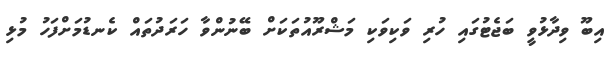
އިބޫ ވިދާޅުވީ ބަޖެޓުގައި ހުރި ވަކިވަކި މަޝްރޫއުތަކަށް ބޭނުންވާ ހަރަދުތައް ކެނޑުމަށްފަހު މުޅި